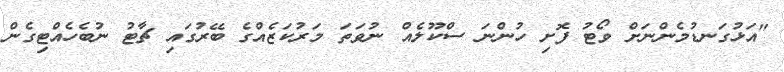
"އަޅުގަނޑުމެންނަށް ވޯޓު ފޮށި ހުންނަ ސްކޫލެއް ނުވަތަ މަރުކަޒެއްގެ ބޭރުގައި ޗާޓު ނުބެހެއްޓިގެން